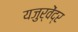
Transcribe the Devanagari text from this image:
यजुर्वेंद्र